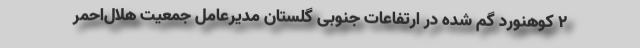
۲ کوهنورد گم شده در ارتفاعات جنوبی گلستان مدیرعامل جمعیت هلال‌احمر